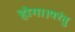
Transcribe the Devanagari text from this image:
होगा।परंतु